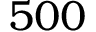
5 0 0